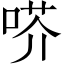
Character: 𠶋